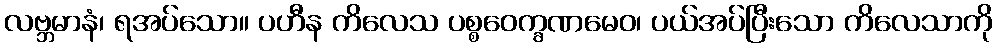
လဗ္ဘမာနံ၊ ရအပ်သော။ ပဟီန ကိလေသ ပစ္စဝေက္ခဏမေဝ၊ ပယ်အပ်ပြီးသော ကိလေသာကို